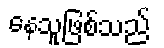
နေသူဖြစ်သည်